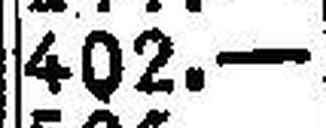
402.—